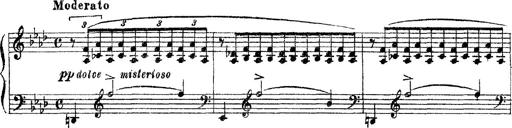
Title: 3 sonetti di Petrarca
Composer: Franz Liszt